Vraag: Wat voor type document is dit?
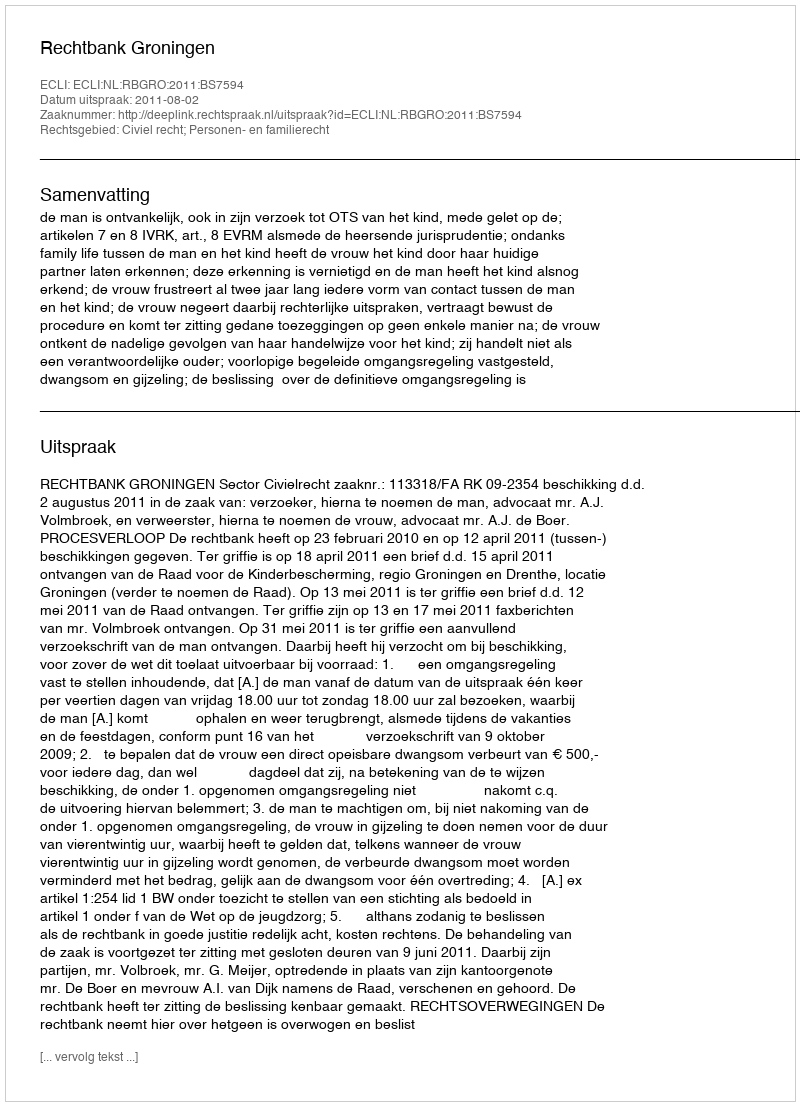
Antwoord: Uitspraak